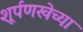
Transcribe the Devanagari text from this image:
शूर्पणखेच्या